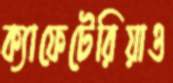
ক্যাফেটেরিয়াও